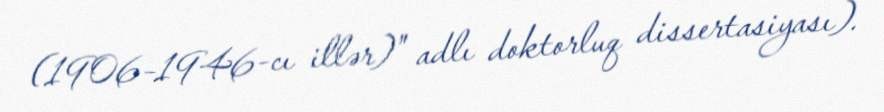
(1906–1946-cı illər)" adlı doktorluq dissertasiyası).